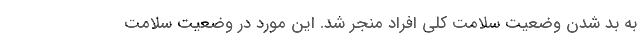
به بد شدن وضعیت سلامت کلی افراد منجر شد. این مورد در وضعیت سلامت